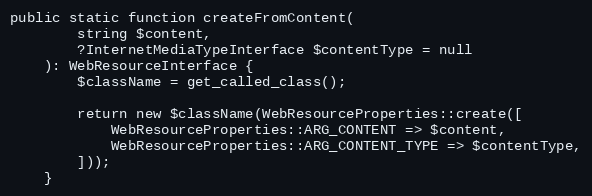
Language: PHP
public static function createFromContent(
        string $content,
        ?InternetMediaTypeInterface $contentType = null
    ): WebResourceInterface {
        $className = get_called_class();

        return new $className(WebResourceProperties::create([
            WebResourceProperties::ARG_CONTENT => $content,
            WebResourceProperties::ARG_CONTENT_TYPE => $contentType,
        ]));
    }